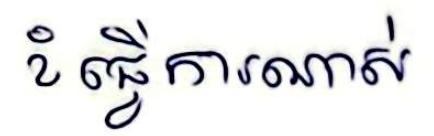
ខំធ្វើការណាស់